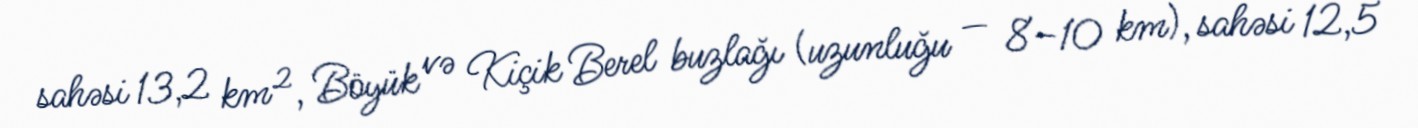
sahəsi 13,2 km², Böyük və Kiçik Berel buzlağı (uzunluğu — 8–10 km), sahəsi 12,5